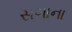
સગાના